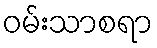
ဝမ်းသာစရာ